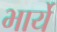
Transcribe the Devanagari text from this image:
भार्ये